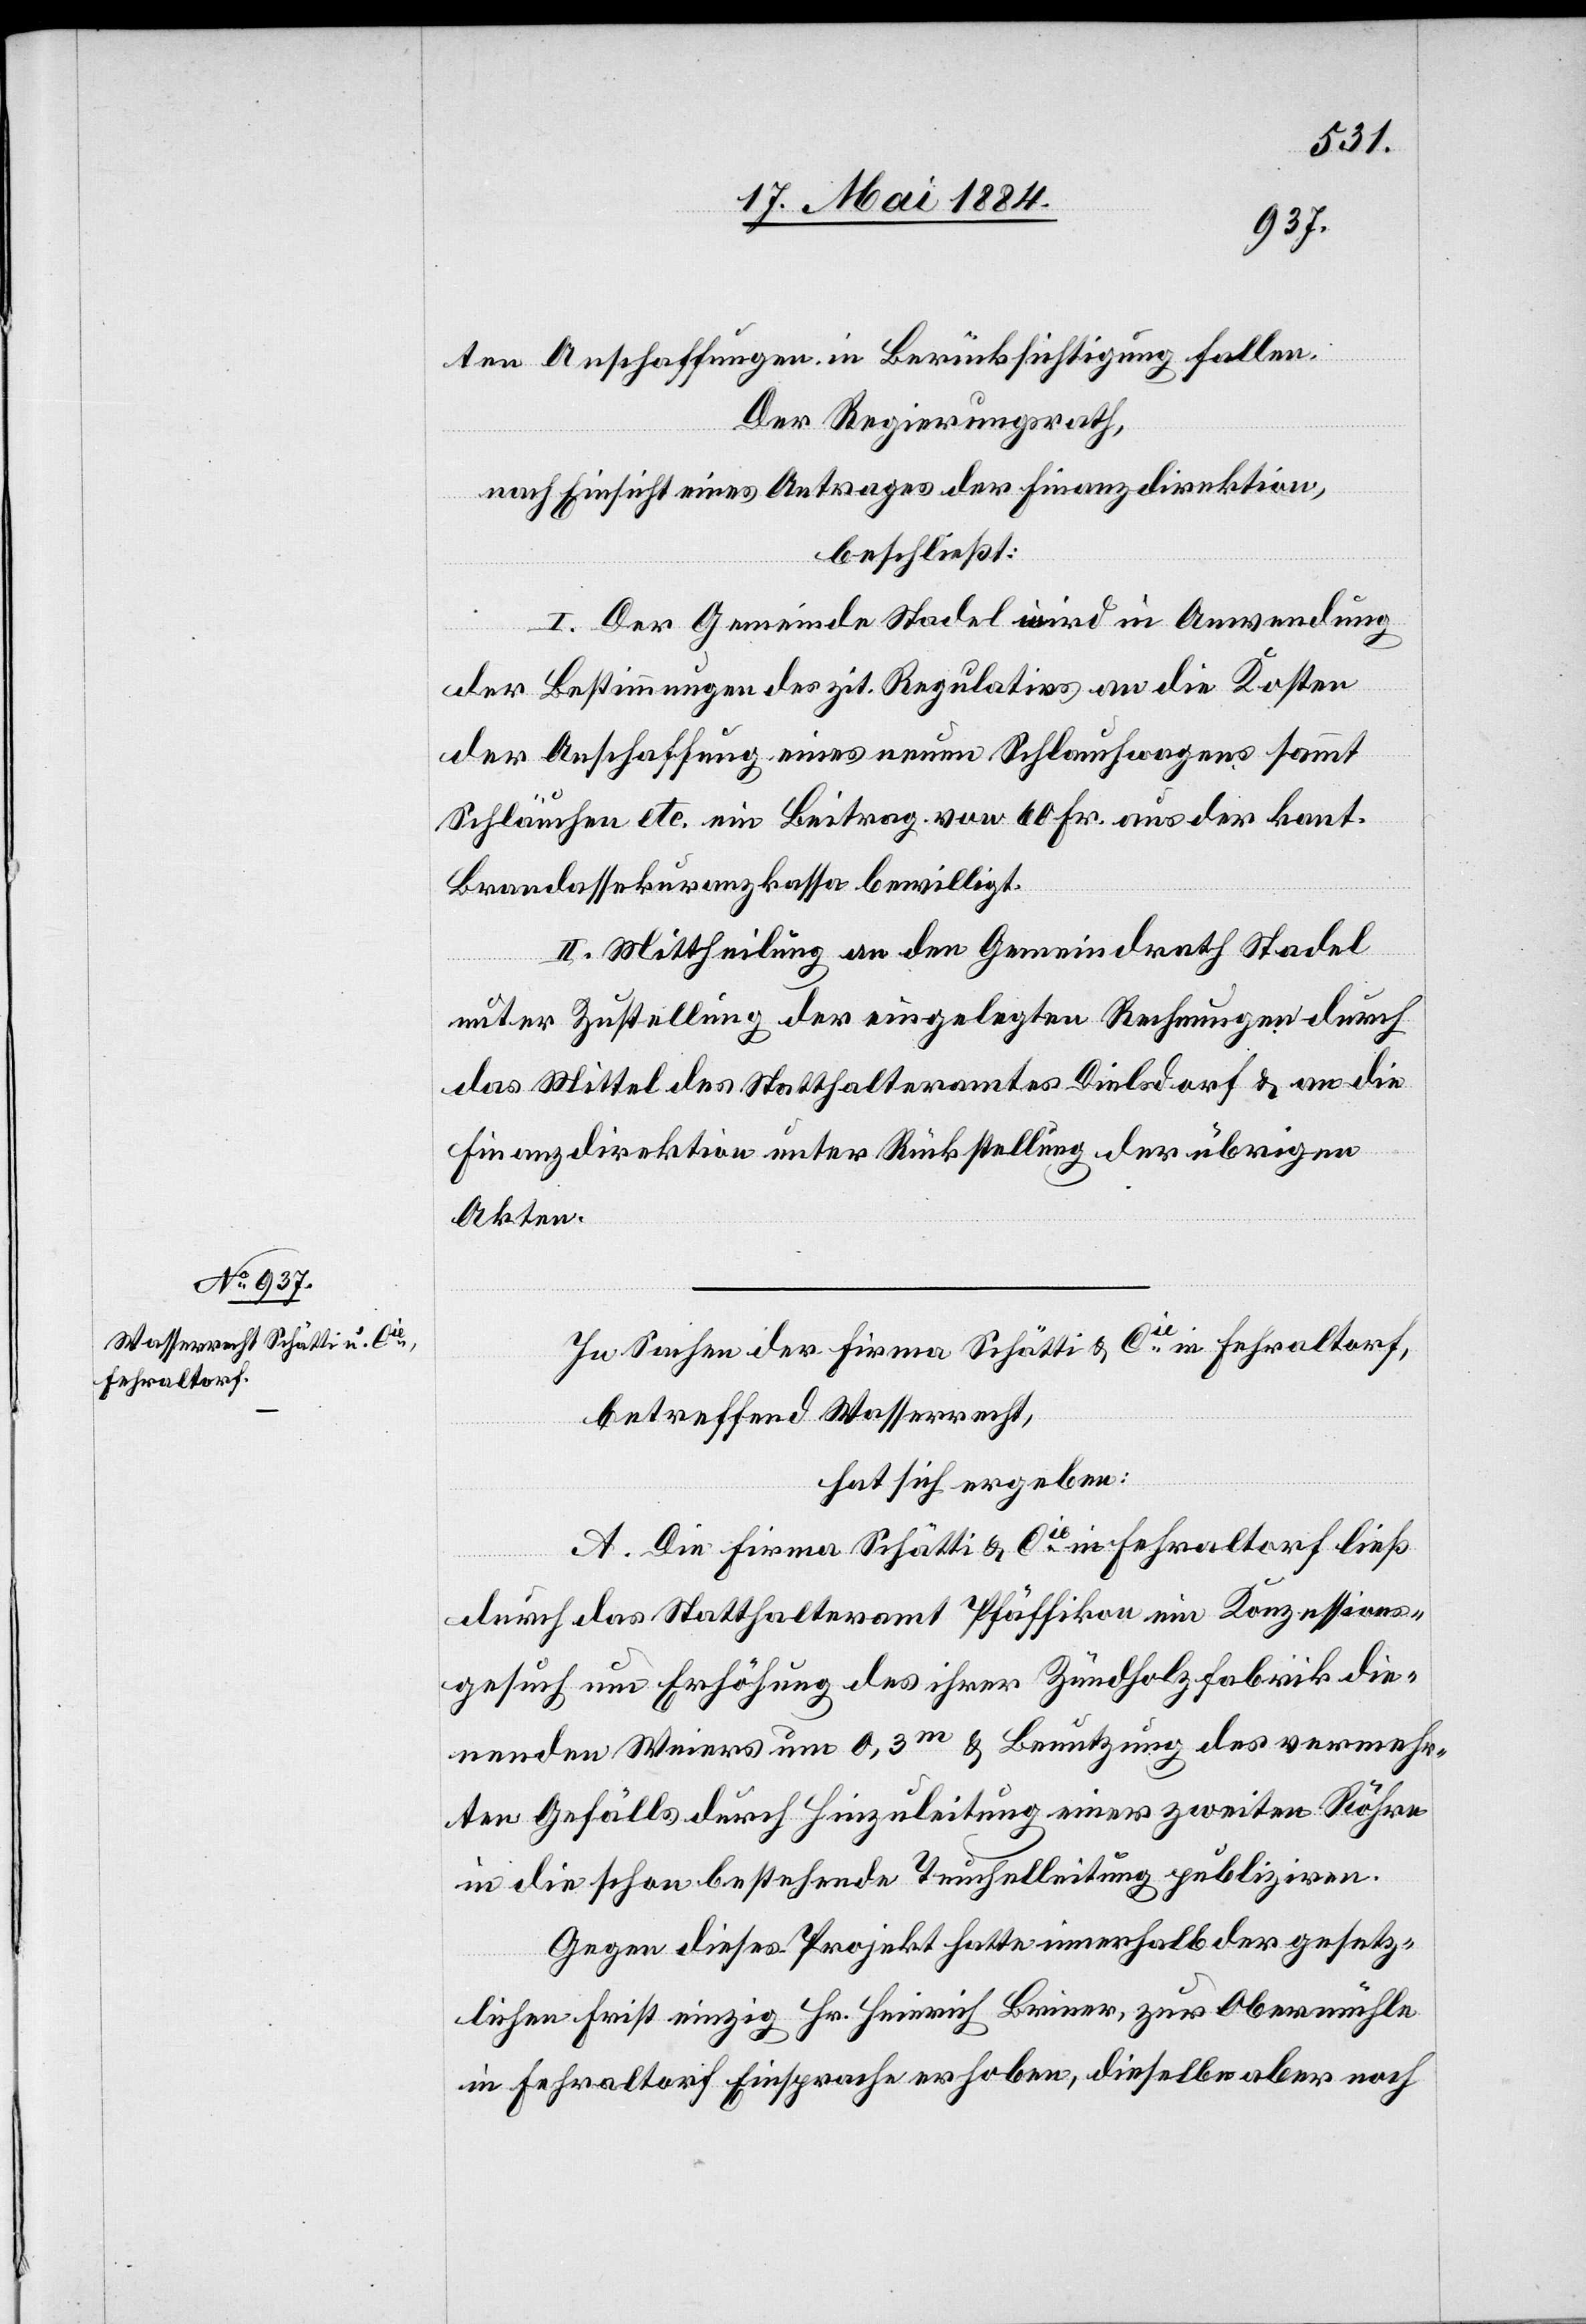
ten Anschaffungen in Berücksichtigung fallen.
Der Regierungsrath,
nach Einsicht eines Antrages der Finanzdirektion,
beschließt:
I. Der Gemeinde Stadel wird in Anwendung
der Bestimmungen des zit. Regulativs an die Kosten
der Anschaffung eines neuen Schlauchwagens sammt
Schläuchen etc. ein Beitrag von 60 Fr. aus der kant.
Brandassekuranzkassa bewilligt.
II. Mittheilung an den Gemeindrath Stadel
unter Zustellung der eingelegten Rechnungen durch
das Mittel des Statthalteramtes Dielsdorf & an die
Finanzdirektion unter Rückstellung der übrigen
Akten.
In Sachen der Firma Schätti & Cie in Fehraltorf,
betreffend Wasserrecht,
hat sich ergeben:
A. Die Firma Schätti & Cie in Fehraltorf ließ
durch das Statthalteramt Pfäffikon ein Konzessions¬
gesuch um Erhöhung des ihrer Zündholzfabrik die¬
nenden Weiers um 0,3m & Benutzung des vermehr¬
ten Gefälls durch Hinzuleitung einer zweiten Röhre
in die schon bestehende Teuchelleitung publiziren.
Gegen dieses Projekt hatte innerhalb der gesetz¬
lichen Frist einzig Hr. Heinrich Briner, zur Obermühle
in Fehraltorf Einsprache erhoben, dieselbe aber noch